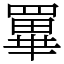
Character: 罼